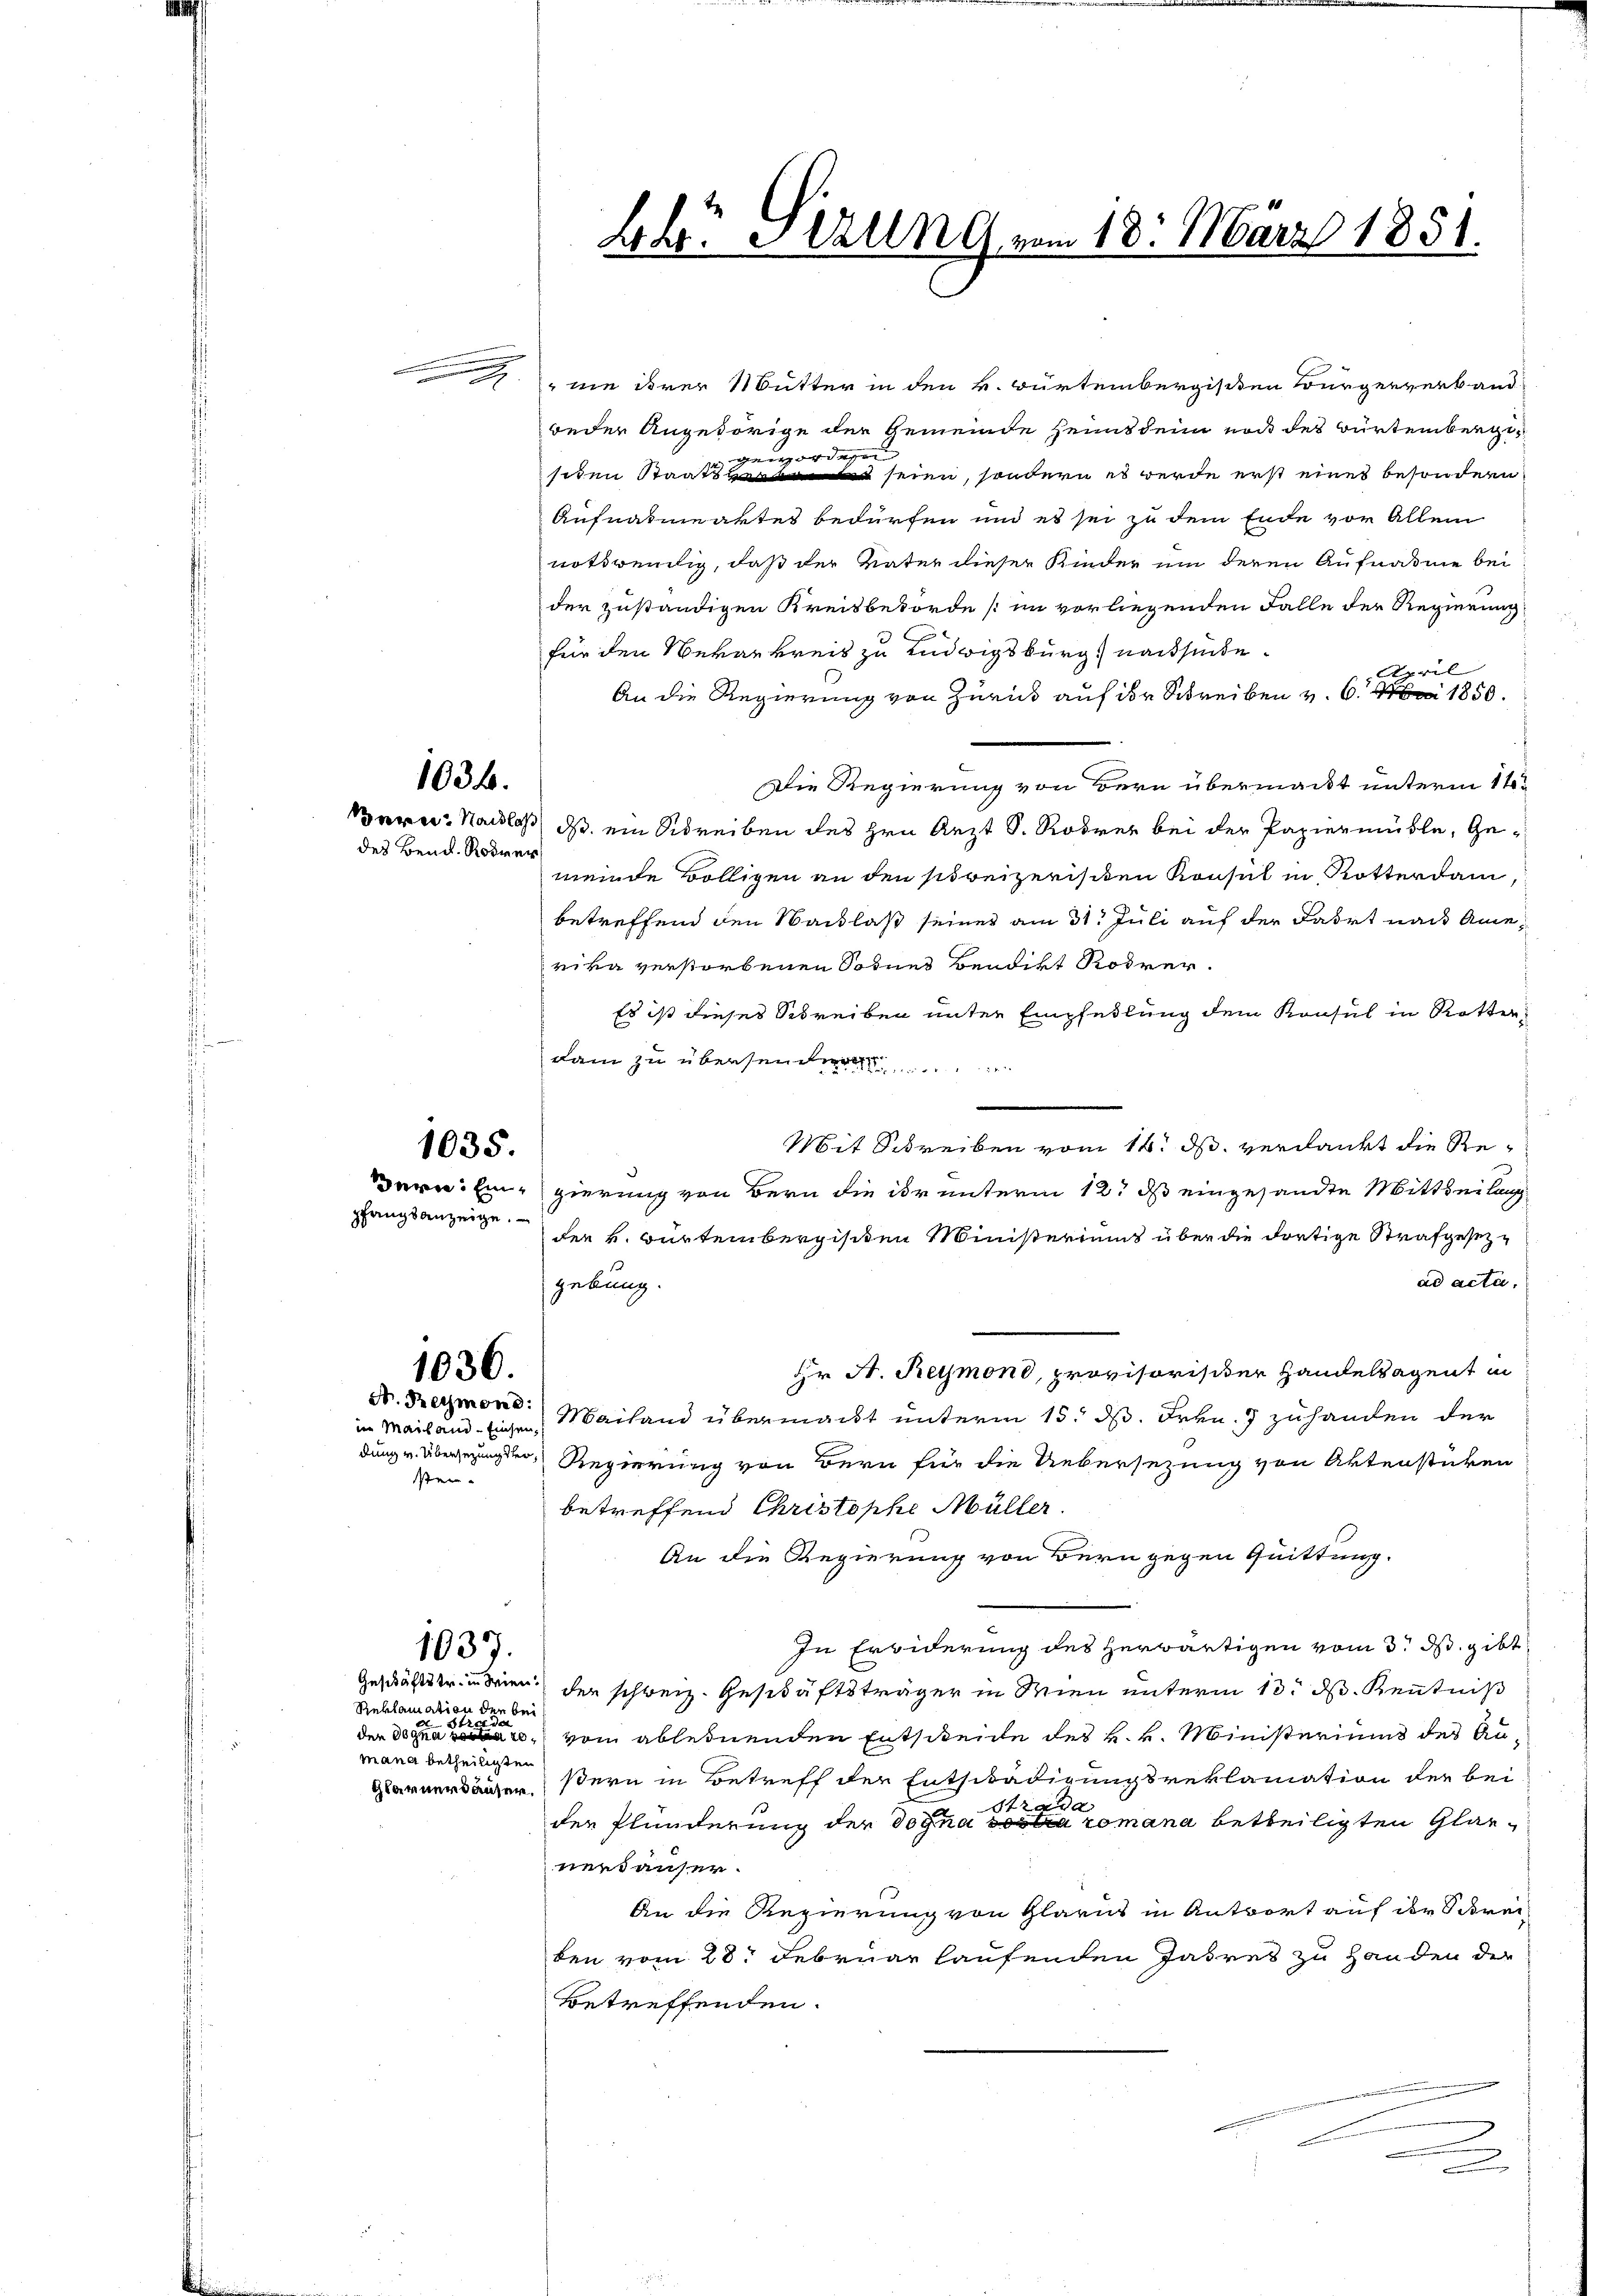
1036.
des Bend. Rohrer

1035.
pfangsanzeige.

1036.

im Mailand - Einsensten

1037.

wie ihrer Mutter in den k. würtembergischen Bürgerverband
weder Angehörige der Gemeinde Heims dein noch des Bürtembergi¬

siden Staats seien, sondern es werde erst eines besondern
Aufnahmeaktes bedürfen und es sei zu dem Ende vor Allem
nothwendig, daß der Vater dieser Kinder um deren Aufnahme bei
der zuständigen Kreisbehörde (im vorliegenden Falle der Regierung
für den Verankreis zu Ludwigsburg nach sinde.
April
An die Regierung von Zurück auf der Schreiben v. 6. 1850.
Die Regierung von Bern übermacht unterm 1te
Bern: Nachlaß ds ein Schreiben des Hrn Arzt S. Rodrer bei der Papiermühle, Gemeinde Bölligen an den soweizerischen Konsul in Rotterdam,
betreffend den Nachlaß seiner am 31. Juli auf der Fahrt nach Ameriva verstorbenen Sohnes Bendirt Rodrer.
Es ist dieses Schreiben unter Empfehlung dem Konsul in Rotter,
dam zu übersende
Mit Schreiben vom 14. ds. verdankt die Re¬
Der Eigierung von Bern die ihr unterm 12t ds eingesandte Mittheilung
der v. Würtembergischen Ministeriums über die dortige Strafgesezad acta.
gebung.
Hr A. Reymont, provisorischer Handelsagent in
N. Reymond. Mailand übermacht unterm 15. ds. Frkn. 7 zuhanden der
dung v. Übersezungen Regierung von Bern für die Uebersezung von Aktenstücken
betreffend Christophe Müller.
An die Regierung von Bern gegen Quittung.
In Erwiderung des herwärtigen vom 3. d. gibt
Geschäftstr. in Wien der schweiz. Geschäftsträger in Wien unterm 13. ds Kenntniß
bei
vom ablednenden Entscheide des k. k. Ministeriums des Au¬
Glarnerlängen sern in Betreff der Entschädigungsreklamation der bei
strafa
der Plunderung der Dogna a romana betheiligten Glarusnerdäuser.
An die Regierung von Glarus in Antwort auf der Odoren
ten vom 28. Februar laufenden Jahret zu Handen der
Betreffenden.
e

Reklamation der
Strude
den dogna 20
mana betheiligten

Lhr. Sekung vom 18. März 1851.